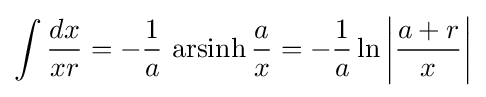
\int {\frac {dx}{xr}}=-{\frac {1}{a}}\,\operatorname {arsinh} {\frac {a}{x}}=-{\frac {1}{a}}\ln \left|{\frac {a+r}{x}}\right|